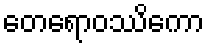
တေရောဝဿိကော